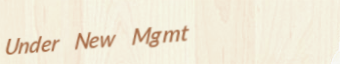
Under New Mgmt